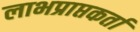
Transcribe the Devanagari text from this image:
लाभप्राप्तकर्ता